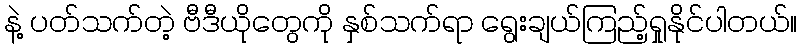
နဲ့ ပတ်သက်တဲ့ ဗီဒီယိုတွေကို နှစ်သက်ရာ ရွေးချယ်ကြည့်ရှုနိုင်ပါတယ်။